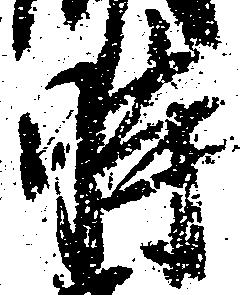
時